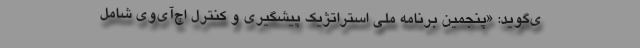
ی‌گوید: «پنجمین برنامه ملی استراتژیک پیشگیری و کنترل اچ‌آی‌وی شامل